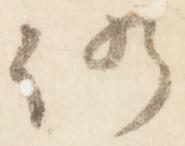
仍